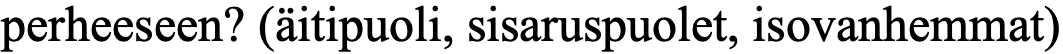
perheeseen? (äitipuoli, sisaruspuolet, isovanhemmat)